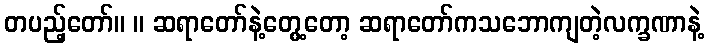
တပည့်တော်။ ။ ဆရာတော်နဲ့တွေ့တော့ ဆရာတော်ကသဘောကျတဲ့လက္ခဏာနဲ့